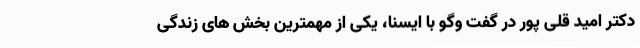
دکتر امید قلی پور در گفت وگو با ایسنا، یکی از مهمترین بخش های زندگی